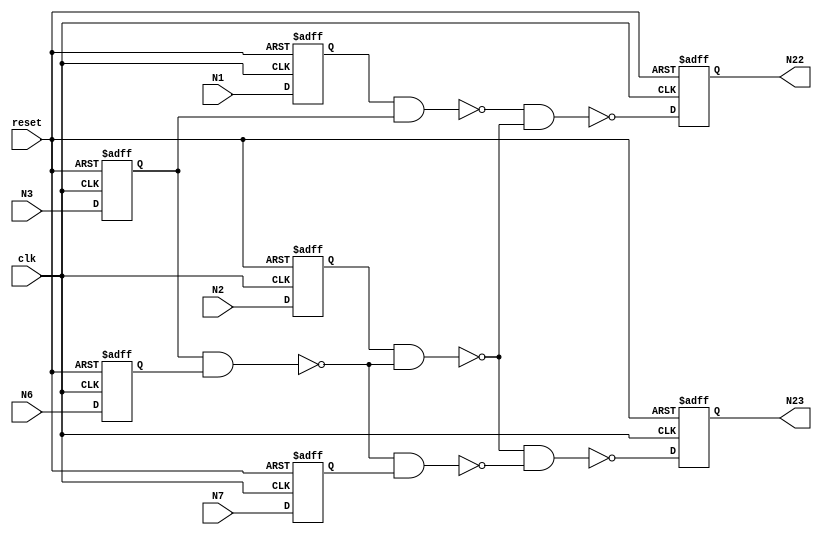
module c17 (
    input clk,  // Clock signal
    input reset,  // Reset signal
    input N1, N2, N3, N6, N7,
    output reg N22, N23
);

    // Internal registers for inputs
    reg N1_reg, N2_reg, N3_reg, N6_reg, N7_reg;
    // Internal wires for combinational logic
    wire N10, N11, N16, N19, N22_wire, N23_wire;

    // Input flip-flops
    always @(posedge clk or posedge reset) begin
        if (reset) begin
            N1_reg <= 0;
            N2_reg <= 0;
            N3_reg <= 0;
            N6_reg <= 0;
            N7_reg <= 0;
        end else begin
            N1_reg <= N1;
            N2_reg <= N2;
            N3_reg <= N3;
            N6_reg <= N6;
            N7_reg <= N7;
        end
    end

    // Combinational logic
    nand NAND2_1 (N10, N1_reg, N3_reg);
    nand NAND2_2 (N11, N3_reg, N6_reg);
    nand NAND2_3 (N16, N2_reg, N11);
    nand NAND2_4 (N19, N11, N7_reg);
    nand NAND2_5 (N22_wire, N10, N16);
    nand NAND2_6 (N23_wire, N16, N19);

    // Output flip-flops
    always @(posedge clk or posedge reset) begin
        if (reset) begin
            N22 <= 0;
            N23 <= 0;
        end else begin
            N22 <= N22_wire;
            N23 <= N23_wire;
        end
    end

endmodule